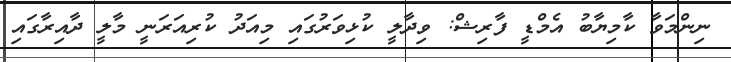
ނިންމަވާ ކާމިޔާބު އެމްޑީ ފާރިޝް: ވިދާލީ ކުޅިވަރުގައި މިއަދު ކުރިއަރަނީ މާލީ ދާއިރާގައި